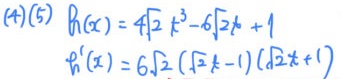
\((4)(5)\)
\(h(x)= 4\sqrt{2}t^{3}-6\sqrt{2}t + 1\)
\(h^{\prime}(x)= 6\sqrt{2}(\sqrt{2}t - 1)(\sqrt{2}t + 1)\)